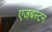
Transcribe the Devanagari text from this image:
एजबस्टन